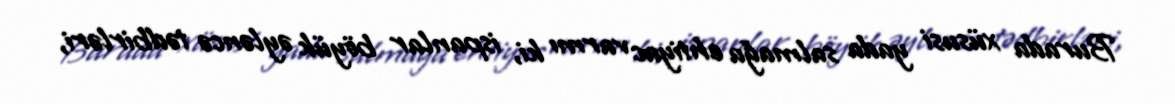
Burada xüsusi yada salmağa ehtiyac varmı ki, ispanlar böyük əyləncə tədbirləri,